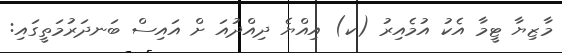
މާޒިޔާ ޓީމާ އެކު އުމެއިރު (ކ) އިއްޔެ ދިއްދުއަ ށް އައިސް ބަނދަރުމަތީގައި: